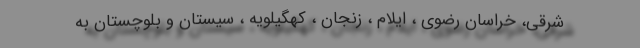
شرقی، خراسان رضوی ، ایلام ، زنجان ، کهگیلویه ، سیستان و بلوچستان به